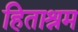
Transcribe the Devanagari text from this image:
हिताश्रम